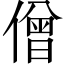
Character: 僧